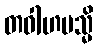
တဝါဟမသ္မိ